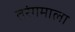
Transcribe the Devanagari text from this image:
तरंगमाला